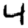
Digit: 4